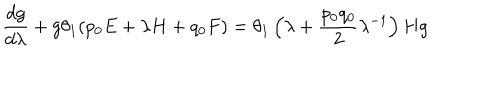
\frac { d g } { d \lambda } + g \theta _ { 1 } ( p _ { 0 } E + \lambda H + q _ { 0 } F ) = \theta _ { 1 } \left( \lambda + \frac { p _ { 0 } q _ { 0 } } { 2 } \lambda ^ { - 1 } \right) H g